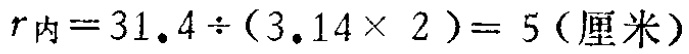
$r_{内}=31.4\div(3.14\times 2)=5(厘米)$